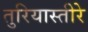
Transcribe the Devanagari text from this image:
तुरियास्तीरे